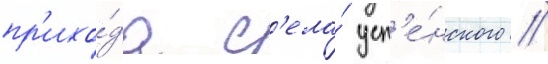
пр'ихо́да с'ела́ усп'е́нского //